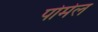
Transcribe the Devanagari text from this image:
पोमेल